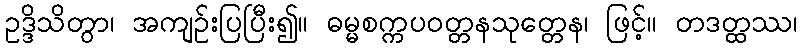
ဥဒ္ဒိသိတွာ၊ အကျဉ်းပြပြီး၍။ ဓမ္မစက္ကပဝတ္တနသုတ္တေန၊ ဖြင့်။ တဒတ္ထဿ၊